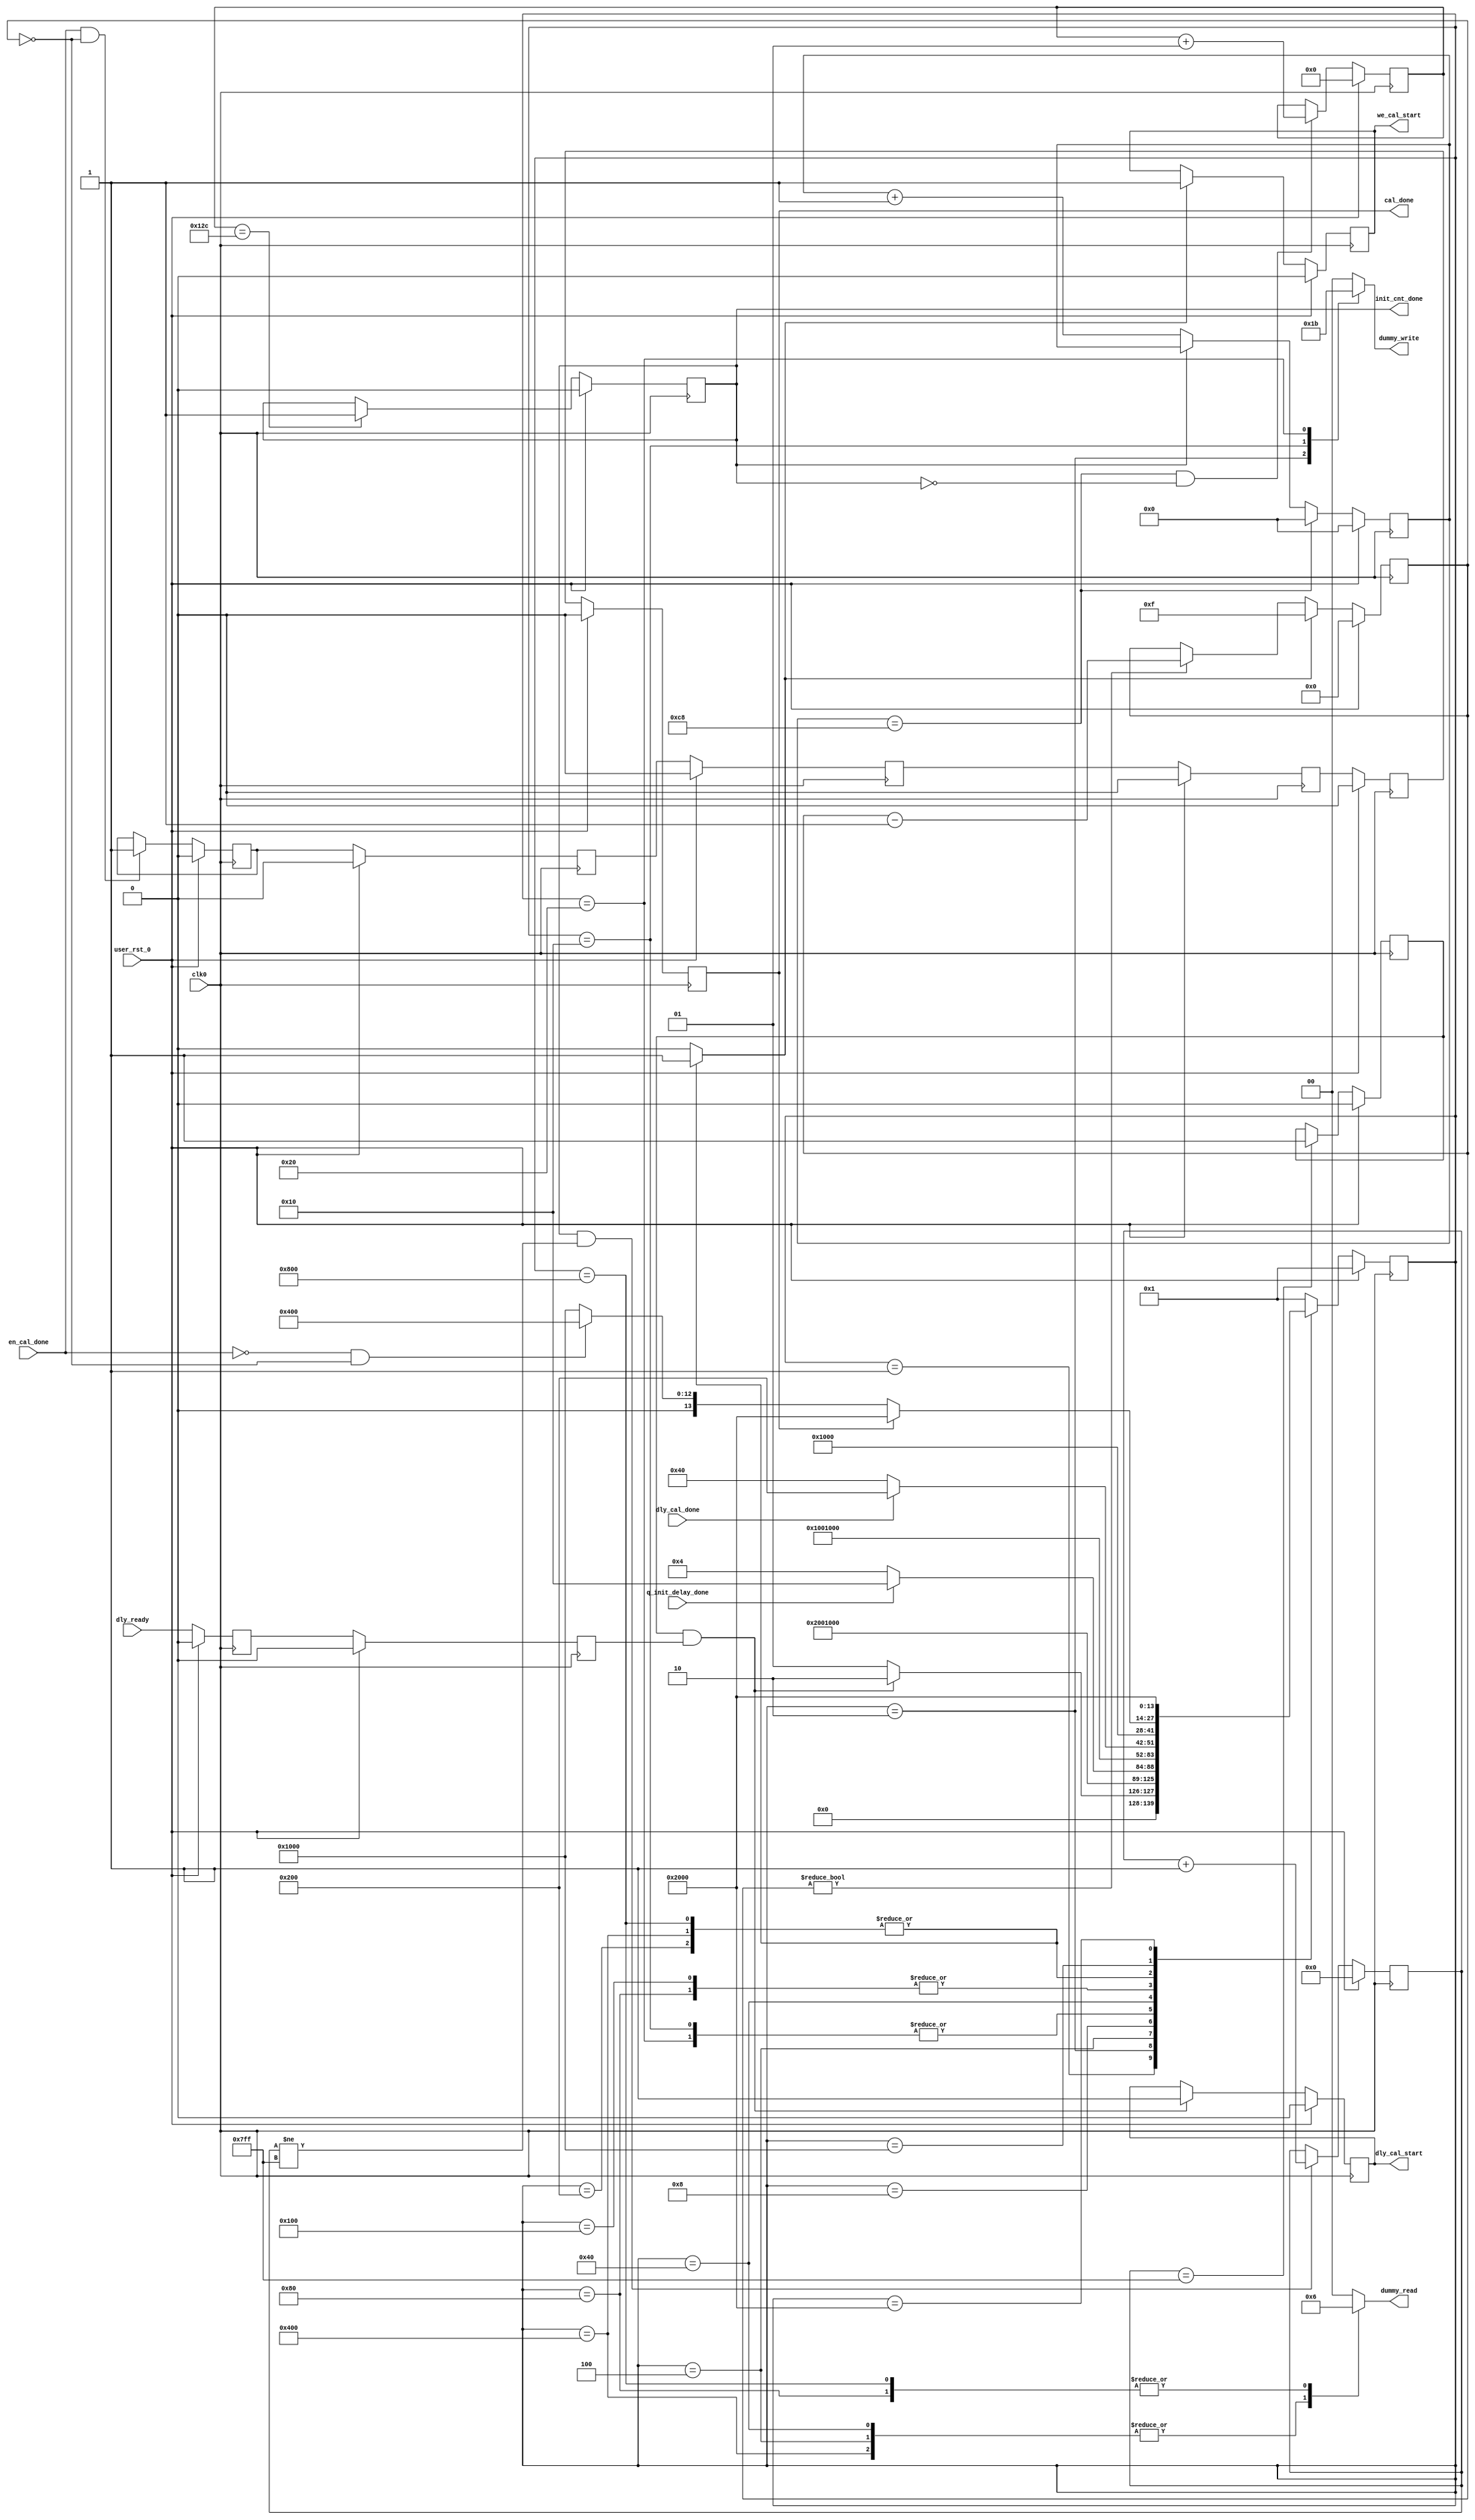
//*****************************************************************************
// DISCLAIMER OF LIABILITY
//
// This text/file contains proprietary, confidential
// information of Xilinx, Inc., is distributed under license
// from Xilinx, Inc., and may be used, copied and/or
// disclosed only pursuant to the terms of a valid license
// agreement with Xilinx, Inc. Xilinx hereby grants you a
// license to use this text/file solely for design, simulation,
// implementation and creation of design files limited
// to Xilinx devices or technologies. Use with non-Xilinx
// devices or technologies is expressly prohibited and
// immediately terminates your license unless covered by
// a separate agreement.
//
// Xilinx is providing this design, code, or information
// "as-is" solely for use in developing programs and
// solutions for Xilinx devices, with no obligation on the
// part of Xilinx to provide support. By providing this design,
// code, or information as one possible implementation of
// this feature, application or standard, Xilinx is making no
// representation that this implementation is free from any
// claims of infringement. You are responsible for
// obtaining any rights you may require for your implementation.
// Xilinx expressly disclaims any warranty whatsoever with
// respect to the adequacy of the implementation, including
// but not limited to any warranties or representations that this
// implementation is free from claims of infringement, implied
// warranties of merchantability or fitness for a particular
// purpose.
//
// Xilinx products are not intended for use in life support
// appliances, devices, or systems. Use in such applications is
// expressly prohibited.
//
// Any modifications that are made to the Source Code are
// done at the users sole risk and will be unsupported.
//
// Copyright (c) 2006-2007 Xilinx, Inc. All rights reserved.
//
// This copyright and support notice must be retained as part
// of this text at all times.
////////////////////////////////////////////////////////////////////////////////
//   ____  ____
//  /   /\/   /
// /___/  \  /    Vendor             : Xilinx
// \   \   \/     Version            : 2.2
//  \   \         Application        : MIG
//  /   /         Filename           : qdrii_phy_init_sm.v
// /___/   /\     Timestamp          : 15 May 2006
// \   \  /  \    Date Last Modified : $Date: 2008/02/06 16:24:58 $
//  \___\/\___\
//
//Device: Virtex-5
//Design: QDRII
//
//Purpose:
//    This module
//  1. Is the initialization statemachine generating the dummy write and
//     dummy read commands for delay calibration before regular memory
//     transactions begin.
//
//Revision History:
//
////////////////////////////////////////////////////////////////////////////////


`timescale 1ns/1ps

module qdrii_phy_init_sm #
  (
   // Following parameters are for 72-bit design (for ML561 Reference board
   // design). Actual values may be different. Actual parameters values are
   // passed from design top module qdrii_sram module. Please refer to the
   // qdrii_sram module for actual values.
   parameter BURST_LENGTH = 4,
   parameter CLK_FREQ     = 300,
   parameter SIM_ONLY     = 0
   )
  (
   input            clk0,
   input            user_rst_0,
   input            dly_cal_done,
   input            q_init_delay_done,
   input            en_cal_done,
   input            dly_ready,
   output reg       dly_cal_start,
   output reg       we_cal_start,
   output reg [1:0] dummy_write,
   output reg [1:0] dummy_read,
   output reg       cal_done,
   output reg       init_cnt_done
   );

   localparam [13:0] //14 states - one-hot encoded
       CQ_WAIT          =  14'b00_0000_0000_0001,
       CAL_WR1          =  14'b00_0000_0000_0010,
       CAL_CQ_RD1       =  14'b00_0000_0000_0100,
       CAL_CQ_RD_WAIT1  =  14'b00_0000_0000_1000,
       CAL_WR2_A        =  14'b00_0000_0001_0000,
       CAL_WR2_B        =  14'b00_0000_0010_0000,
       CAL_CQ_RD2_A     =  14'b00_0000_0100_0000,
       CAL_CQ_RD2_B     =  14'b00_0000_1000_0000,
       CAL_CQ_RD_WAIT2  =  14'b00_0001_0000_0000,
       CAL_EN_RD_START  =  14'b00_0010_0000_0000,
       CAL_EN_RD_A      =  14'b00_0100_0000_0000,
       CAL_EN_RD_B      =  14'b00_1000_0000_0000,
       CAL_EN_RD_WAIT   =  14'b01_0000_0000_0000,
       CAL_DONE_ST      =  14'b10_0000_0000_0000;

   reg [3:0]  dummy_rd_cnt;
   reg        dummy_cnt_en;
   reg [13:0] phy_init_ns;
   reg [13:0] phy_init_cs;
   reg [10:0] cq_cnt;
   reg        cq_active;
   reg        cal_done_r;
   reg        cal_done_2r;
   reg        cal_done_3r;
   reg        cal_done_4r;
   reg        cal_done_5r;
   reg        dly_ready_r;
   reg        dly_ready_2r;
   reg [7:0]  init_count;
   reg        q_init_delay_done_i;

   integer init_max_count;

   always @(posedge clk0)
     begin
       if(user_rst_0)
         q_init_delay_done_i <= 'b0;
       else
         q_init_delay_done_i <= q_init_delay_done;
     end

   always @ (posedge clk0)
     begin
        if (user_rst_0)
          init_count <= 8'b0;
        else if (init_count == 8'hC8)
          init_count <= 8'b0;
        else if(init_cnt_done == 1'b0)
          init_count <= init_count + 1;
        else
          init_count <= init_count;
     end

   //init_max_count generates a 200 us counter based on init_count
   // an init_max_count of 8'hC8 refers to a 200 us count

   always @ (posedge clk0)
     begin
        if (user_rst_0)
          if (SIM_ONLY == 1)
            init_max_count <= CLK_FREQ;
          else
            init_max_count <= 0;
        else if ((init_count == 8'hC8) && (init_cnt_done == 1'b0))
          init_max_count <= init_max_count + 1;
        else
          init_max_count <= init_max_count;
     end

   always @ (posedge clk0)
     begin
        if (user_rst_0)
          init_cnt_done <= 1'b0;
        else if (init_max_count == CLK_FREQ)
          init_cnt_done <= 1'b1;
        else
          init_cnt_done <= init_cnt_done;
     end

   always @(posedge clk0)
     begin
        if (user_rst_0) begin
           we_cal_start <= 1'b0;
        end else if (dummy_cnt_en) begin
           we_cal_start <= 1'b1;
        end else
          we_cal_start <= we_cal_start;
     end


   always @(posedge clk0)
     begin
        if (user_rst_0)
          cq_cnt <= 10'b0;
        else if ((init_cnt_done) && (cq_cnt != 11'b11111111111))
          cq_cnt <= cq_cnt + 1;
        else
          cq_cnt <= cq_cnt;
     end

   always @(posedge clk0)
   //Make sure CQ clock is established (1024 clocks) before starting calibration
     begin
        if (user_rst_0)
          cq_active <= 1'b0;
        else if (cq_cnt == 11'b11111111111)
          cq_active <= 1'b1;
        else
          cq_active <= cq_active;
     end

   always @ (posedge clk0)
     begin
        if (user_rst_0) begin
           dly_ready_r  <= 1'b0;
           dly_ready_2r <= 1'b0;
        end else begin
           dly_ready_r  <= dly_ready;
           dly_ready_2r <= dly_ready_r;
        end
     end

   always @(posedge clk0)
     begin
        if (user_rst_0) begin
           dly_cal_start <= 1'b0;
        end else if (cq_active && dly_ready_2r ) begin
           dly_cal_start <= 1'b1;
        end
     end

   always @(posedge clk0)
     begin
        if (user_rst_0) begin
           dummy_rd_cnt <= 4'b0000;
        end else if (dummy_cnt_en) begin
           dummy_rd_cnt <= 4'b1111;
        end else if (dummy_rd_cnt != 4'b0000) begin
           dummy_rd_cnt <= dummy_rd_cnt - 1;
        end else begin
           dummy_rd_cnt <= dummy_rd_cnt;
        end
     end

   always @ (posedge clk0)
     begin
        if (user_rst_0)
          cal_done_r <= 1'b0;
        else if  (en_cal_done && dummy_rd_cnt == 4'b0000)
          cal_done_r <= 1'b1;
        else
          cal_done_r <= cal_done_r;
     end

   always @ (posedge clk0)
     begin
        if (user_rst_0) begin
           cal_done_2r <= 1'b0;
           cal_done_3r <= 1'b0;
           cal_done_4r <= 1'b0;
           cal_done_5r <= 1'b0;
           cal_done    <= 1'b0;
        end else begin
           cal_done_2r <= cal_done_r;
           cal_done_3r <= cal_done_2r;
           cal_done_4r <= cal_done_3r;
           cal_done_5r <= cal_done_4r;
           cal_done    <= cal_done_5r;
        end
     end

   // synthesis translate_off
   always @(posedge cal_done) begin
     if(!user_rst_0)
        $display("Calibration completed at time %t", $time );
   end
   // synthesis translate_on

   always @(posedge clk0)
     begin
        if (user_rst_0)
          phy_init_cs <= CQ_WAIT;
        else
          phy_init_cs <= phy_init_ns;
     end

   always @ *
     begin
        dummy_write[1:0]  = 2'b00;
        dummy_read        = 2'b00;
        dummy_cnt_en      = 1'b0;

        case (phy_init_cs)
          CQ_WAIT : begin
             dummy_write = 2'b00;
             dummy_read  = 2'b00;
             if (cq_active && dly_ready_2r)
               phy_init_ns = CAL_WR1;
             else
               phy_init_ns = CQ_WAIT;
          end

          // First Stage Calibration-Single Write command
          CAL_WR1  :  begin
             dummy_write = 2'b01;
             dummy_read  = 2'b00;
             phy_init_ns = CAL_CQ_RD1;
          end

          // First Stage Calibration- Continous Read commands until first stage
          // calibration is complete.
          // For BL4 read commands are issued on alternate clock.
          // For BL2 read commands are issued on every clock.
          CAL_CQ_RD1   : begin
             dummy_write = 2'b00;
             dummy_read  = 2'b01;
             if(BURST_LENGTH == 2)
               if(q_init_delay_done_i)
                 phy_init_ns = CAL_WR2_A;
               else
                 phy_init_ns = CAL_CQ_RD1;
             else if(BURST_LENGTH == 4)
               phy_init_ns = CAL_CQ_RD_WAIT1;
          end

          CAL_CQ_RD_WAIT1 : begin
             dummy_write = 2'b00;
             dummy_read  = 2'b00;
             if (q_init_delay_done)
               phy_init_ns = CAL_WR2_A;
             else
               phy_init_ns = CAL_CQ_RD1;
          end

          // Second Stage Calibration-Write command
          // For BL4 a single Write command is issued.
          // For BL2 two Write commands are issued.
          CAL_WR2_A  :  begin
             dummy_write = 2'b10;
             dummy_read  = 2'b00;
             if(BURST_LENGTH == 2)
               phy_init_ns = CAL_WR2_B;
             else if(BURST_LENGTH == 4)
               phy_init_ns = CAL_CQ_RD2_A;
          end

          CAL_WR2_B  :  begin
             dummy_write = 2'b11;
             dummy_read  = 2'b00;
             phy_init_ns = CAL_CQ_RD2_A;
          end

          // Second Stage Calibration-Continous Read Commands until Second stage
          // calibration is complete.
          // For BL4 read commands are issued on alternate clocks.
          // For BL2 read commands are issued on every clock.
          CAL_CQ_RD2_A   : begin
             dummy_write = 2'b00;
             dummy_read  = 2'b01;
             if(BURST_LENGTH == 2)
               phy_init_ns = CAL_CQ_RD2_B;
             else if(BURST_LENGTH == 4)
               phy_init_ns = CAL_CQ_RD_WAIT2;
          end

          CAL_CQ_RD2_B : begin
             dummy_write = 2'b00;
             dummy_read  = 2'b10;
             if(dly_cal_done)
               phy_init_ns = CAL_EN_RD_START;
             else
               phy_init_ns = CAL_CQ_RD2_A;
          end

          CAL_CQ_RD_WAIT2 : begin
             dummy_write = 2'b00;
             dummy_read  = 2'b00;
             if (dly_cal_done)
               phy_init_ns = CAL_EN_RD_START;
             else
               phy_init_ns = CAL_CQ_RD2_A;
          end

          // Third Stage Calibration-Read Enable Calibration start
          CAL_EN_RD_START : begin
             dummy_write  = 2'b00;
             dummy_read   = 2'b00;
             dummy_cnt_en = 1'b1;
             phy_init_ns  = CAL_EN_RD_WAIT;
          end

          // Third Stage Calibration-Read commands until Third Stage Calibration
          // is complete (en_cal_done = '1');
          // For BL4 a single Read command for every dummy_rd_cnt=4'd0.
          // For BL2, two consecutive Read commands for every dummy_rd_cnt=4'd0.
          CAL_EN_RD_A   : begin
             dummy_write  = 2'b00;
             dummy_read   = 2'b01;
             dummy_cnt_en = 1'b1;
             if(BURST_LENGTH == 2)
               phy_init_ns  = CAL_EN_RD_B;
             else if(BURST_LENGTH == 4)
               phy_init_ns  = CAL_EN_RD_WAIT;
          end

          CAL_EN_RD_B : begin
             dummy_write  = 2'b00;
             dummy_read   = 2'b10;
             dummy_cnt_en = 1'b1;
             phy_init_ns  = CAL_EN_RD_WAIT;
          end

          CAL_EN_RD_WAIT : begin
             dummy_write = 2'b00;
             dummy_read  = 2'b00;
             if (cal_done)
               phy_init_ns = CAL_DONE_ST;
             else if (~en_cal_done && dummy_rd_cnt == 4'b0000)
               phy_init_ns = CAL_EN_RD_A;
             else
               phy_init_ns = CAL_EN_RD_WAIT;
          end

          CAL_DONE_ST:   begin
             dummy_write = 2'b00;
             dummy_read  = 2'b00;
             phy_init_ns = CAL_DONE_ST;
          end

          default:   begin
             dummy_write = 2'b00;
             dummy_read  = 2'b00;
             phy_init_ns = CQ_WAIT;
          end
        endcase
     end

endmodule